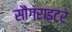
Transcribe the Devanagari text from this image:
सौंगराइटर